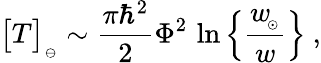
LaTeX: \big[T\big]_{_\ominus}\sim{\frac{\pi\hbar^{2}}{2}}\Phi^{2}\, \ln\Big\{ {\frac{w_{\! _{\odot}}}{w}}\Big\} \ ,